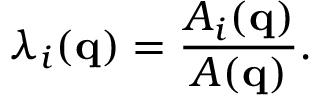
\lambda _ { i } ( { \bf q } ) = \frac { A _ { i } ( { \bf q } ) } { A ( { \bf q } ) } .